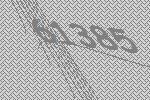
61385